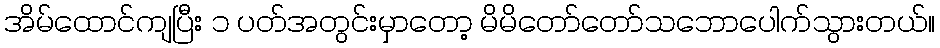
အိမ်ထောင်ကျပြီး ၁ ပတ်အတွင်းမှာတော့ မိမိတော်တော်သဘောပေါက်သွားတယ်။